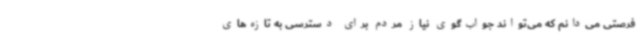
فرصتی می‌دانم که می‌تواند جواب‌گوی نیاز مردم برای دسترسی به تازه‌های